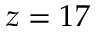
z = 1 7